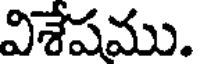
విశేషము.